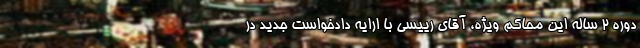
دوره ۲ ساله این محاکم ویژه، آقای رییسی با ارایه دادخواست جدید در